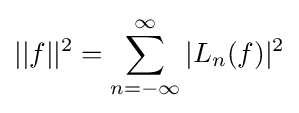
||f||^{2}=\sum _{n=-\infty }^{\infty }|L_{n}(f)|^{2}